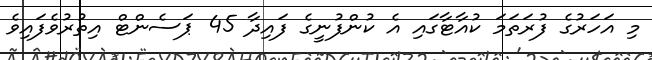
މި އަހަރުގެ ފުރަތަމަ ކުއާޓާގައި އެ ކުންފުނީގެ ފައިދާ 45 ޕަސެންޓް އިތުރުވެފައިވެ